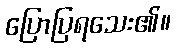
ပြောပြရသေး၏။